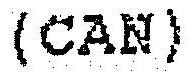
(CAN)